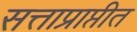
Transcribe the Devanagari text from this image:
सत्ताप्राप्तीत